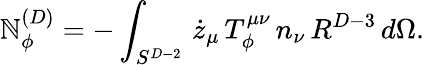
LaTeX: \mathbb{N}_{\phi}^{(D)}=-\int_{S^{D-2}}\, \dot{{z}}_{\mu}\, T_{\phi}^{\mu\nu}\, n_{\nu}\, R^{D-3}\, d\Omega.